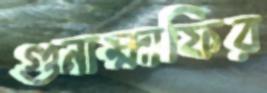
গুনাহ্মাফির